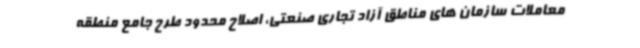
معاملات سازمان های مناطق آزاد تجاری صنعتی، اصلاح محدود طرح جامع منطقه